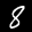
Label: 8